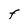
Character: F